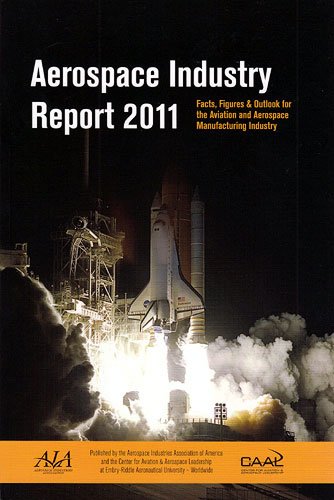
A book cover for Aerospace Industry Report 2011: Facts, Figures & Outlook for the Aviation and Aerospace Manufacturing Industry; William A., Jr. Chadwick; Science & Math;